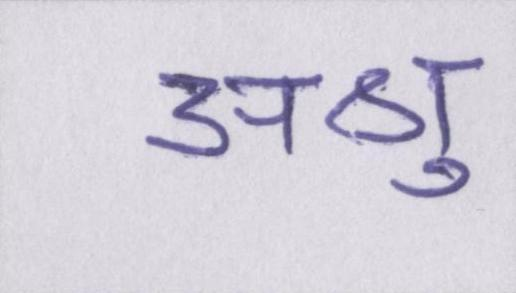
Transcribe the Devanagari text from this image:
अश्रु